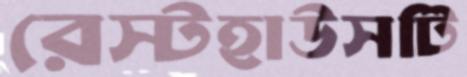
রেস্টহাউসটি